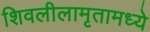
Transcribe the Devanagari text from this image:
शिवलीलामृतामध्ये